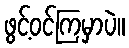
ဖွင့်ဝင်ကြမှာပဲ။